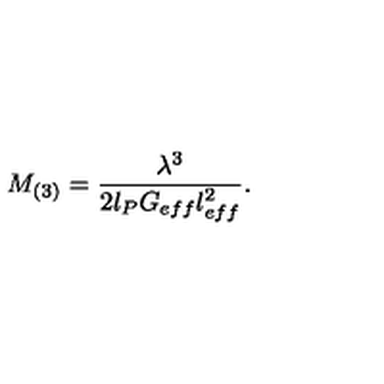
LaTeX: M _ { ( 3 ) } = \frac { \lambda ^ { 3 } } { 2 l _ { P } G _ { e f f } l _ { e f f } ^ { 2 } } .